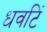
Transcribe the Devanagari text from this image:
धवटिं